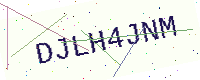
Text: DJLH4JNM